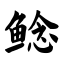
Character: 鲶